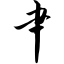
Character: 肀